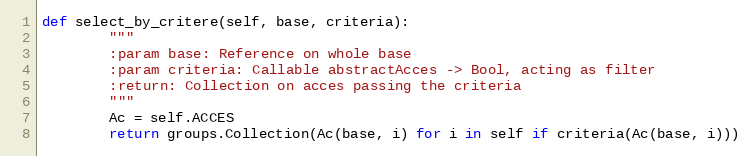
Language: Python
def select_by_critere(self, base, criteria):
        """
        :param base: Reference on whole base
        :param criteria: Callable abstractAcces -> Bool, acting as filter
        :return: Collection on acces passing the criteria
        """
        Ac = self.ACCES
        return groups.Collection(Ac(base, i) for i in self if criteria(Ac(base, i)))